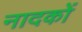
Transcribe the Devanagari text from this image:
नादकों